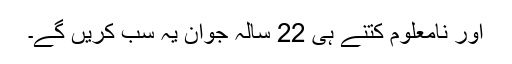
اور نامعلوم کتنے ہی 22 سالہ جوان یہ سب کریں گے۔